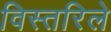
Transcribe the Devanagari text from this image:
विस्तरिले